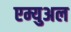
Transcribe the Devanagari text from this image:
एम्युअल